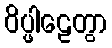
ဝိပ္ဖါဠေတွာ